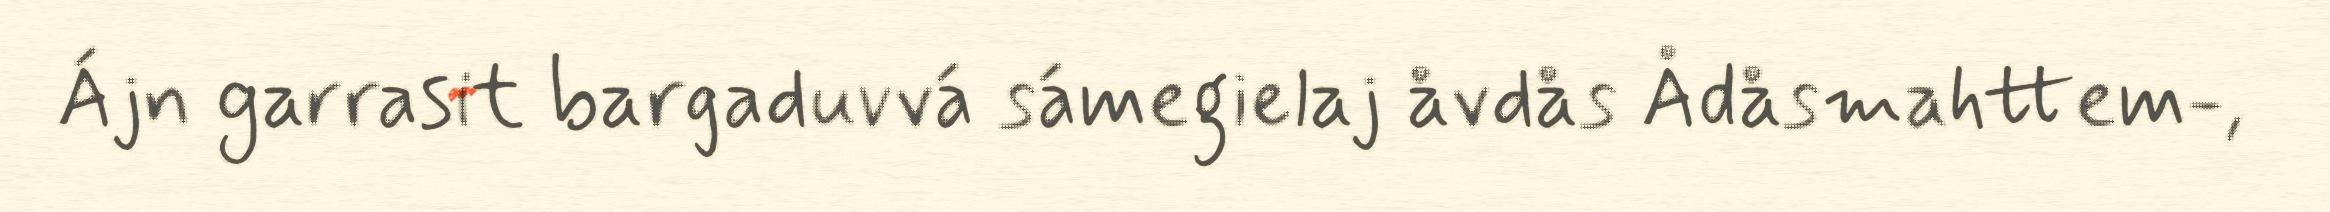
Ájn garrasit bargaduvvá sámegielaj åvdås Ådåsmahttem-,